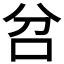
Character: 𠯨